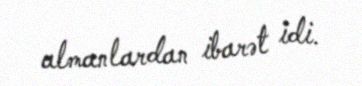
almanlardan ibarət idi.